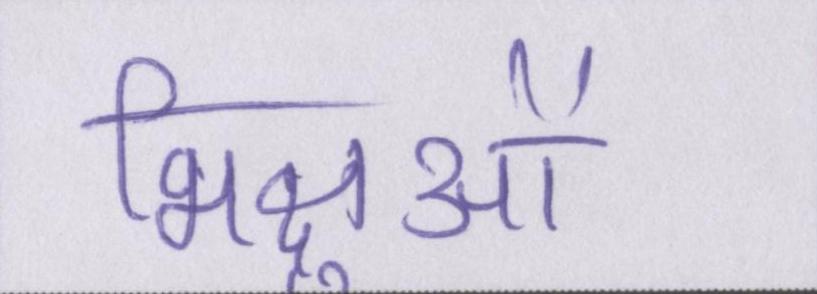
भिक्षुओं